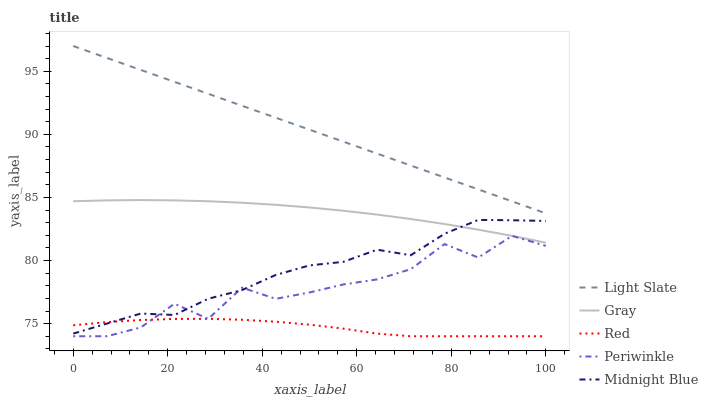
| xaxis_label | Light Slate | Gray | Red | Periwinkle | Midnight Blue |
 | --- | --- | --- | --- | --- | --- |
 | 0 | 97 | 84.7 | 74.9 | 74 | 74.2 |
 | 7.14 | 96.1 | 84.8 | 75.1 | 74 | 75 |
 | 14.3 | 95.1 | 84.8 | 75.3 | 74.7 | 75.8 |
 | 21.4 | 94.2 | 84.8 | 75.4 | 76.6 | 75.7 |
 | 28.6 | 93.2 | 84.7 | 75.4 | 75.4 | 77 |
 | 35.7 | 92.3 | 84.6 | 75.3 | 77.9 | 77.7 |
 | 42.9 | 91.3 | 84.4 | 75.2 | 77 | 78.9 |
 | 50 | 90.4 | 84.2 | 74.9 | 77.5 | 79.6 |
 | 57.1 | 89.4 | 83.9 | 74.6 | 78.1 | 79.9 |
 | 64.3 | 88.5 | 83.6 | 74.2 | 78.5 | 80.9 |
 | 71.4 | 87.5 | 83.3 | 74 | 79.3 | 80.4 |
 | 78.6 | 86.6 | 82.9 | 74 | 81.3 | 82.1 |
 | 85.7 | 85.6 | 82.4 | 74 | 80.2 | 83.2 |
 | 92.9 | 84.7 | 82 | 74 | 82 | 83.2 |
 | 100 | 83.7 | 81.4 | 74 | 81.2 | 83.1 |